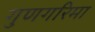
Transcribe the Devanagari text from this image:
गुणगरिमा